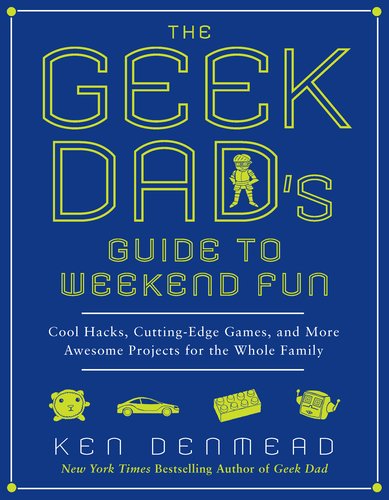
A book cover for The Geek Dad's Guide to Weekend Fun: Cool Hacks, Cutting-Edge Games, and More Awesome Projects for the Whole Family; Ken Denmead; Science & Math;